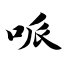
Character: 哌